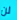
لن